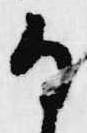
な